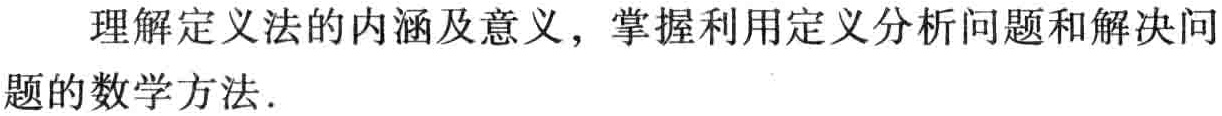
理解定义法的内涵及意义，掌握利用定义分析问题和解决问题的数学方法.